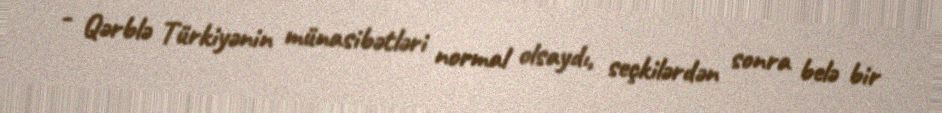
- Qərblə Türkiyənin münasibətləri normal olsaydı, seçkilərdən sonra belə bir